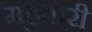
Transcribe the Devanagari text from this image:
महुवारी